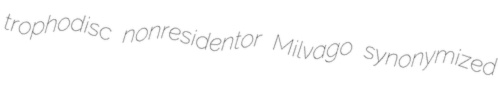
trophodisc nonresidentor Milvago synonymized